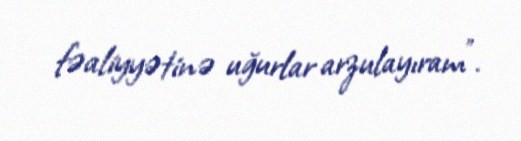
fəaliyyətinə uğurlar arzulayıram”.